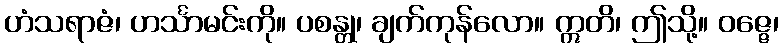
ဟံသရာဇံ၊ ဟင်္သာမင်းကို။ ပစန္တု၊ ချက်ကုန်လော။ ဣတိ၊ ဤသို့။ ဝဇ္ဇေ၊